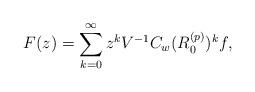
LaTeX: \begin{align*}F(z)=\sum_{k=0}^\infty z^kV^{-1}C_w(R_0^{(p)})^kf,\end{align*}